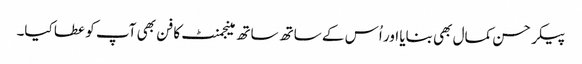
پیکر حسن کمال بھی بنایا اور اُس کے ساتھ ساتھ مینجمنٹ کا فن بھی آپ کو عطا کیا۔